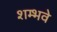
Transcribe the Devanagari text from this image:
शम्भवे